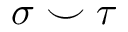
\sigma \smile \tau